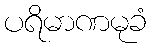
ပရိမာဏမုခံ